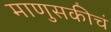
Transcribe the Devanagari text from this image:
माणुसकीचं